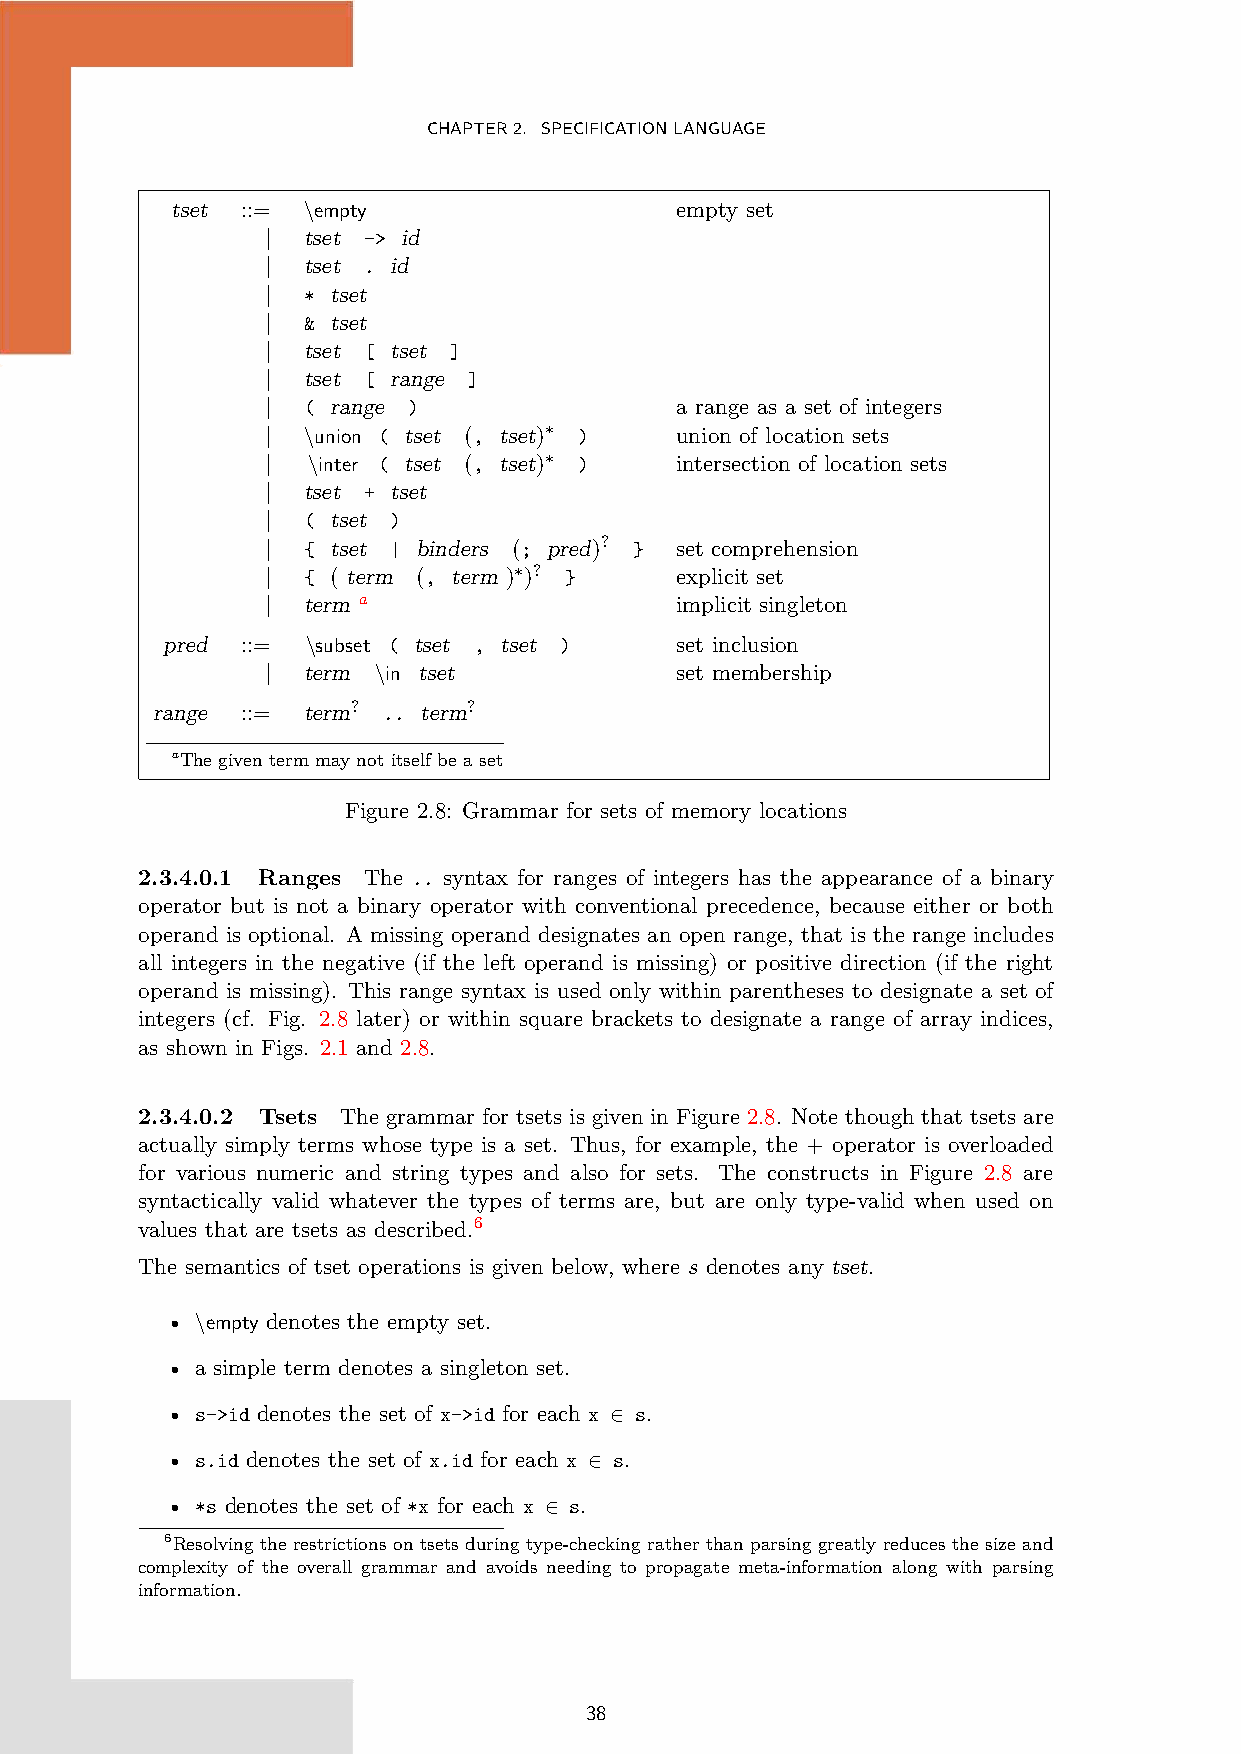
CHAPTER2. SPECIFICATIONLANGUAGE
 tset ::= \empty                   empty set
 | tset -> id
 | tset . id
 | * tset
 | & tset
 | tset [ tset ]
 | tset [ range ]
 | ( range )                a range as a set of integers
 | \union ( tset (, tset)∗ ) union of location sets
 | \inter ( tset (, tset)∗ ) intersection of location sets
 | tset + tset
 | ( tset )
 | { tset | binders (; pred)? } set comprehension
 | { ( term (, term )∗)? }  explicit set
 | term a                   implicit singleton
 pred ::= \subset ( tset , tset )  set inclusion
 | term \in tset            set membership
 range ::= term? .. term?
 aThe given term may not itself be a set
 Figure 2.8: Grammar for sets of memory locations
 2.3.4.0.1 Ranges The .. syntax for ranges of integers has the appearance of a binary
 operator but is not a binary operator with conventional precedence, because either or both
 operand is optional. A missing operand designates an open range, that is the range includes
 all integers in the negative (if the left operand is missing) or positive direction (if the right
 operand is missing). This range syntax is used only within parentheses to designate a set of
 integers (cf. Fig. 2.8 later) or within square brackets to designate a range of array indices,
 as shown in Figs. 2.1 and 2.8.
 2.3.4.0.2 Tsets The grammar for tsets is given in Figure 2.8. Note though that tsets are
 actually simply terms whose type is a set. Thus, for example, the + operator is overloaded
 for various numeric and string types and also for sets. The constructs in Figure 2.8 are
 syntactically valid whatever the types of terms are, but are only type-valid when used on
 values that are tsets as described.6
 The semantics of tset operations is given below, where s denotes any tset.
 • \empty denotes the empty set.
 • a simple term denotes a singleton set.
 • s->id denotes the set of x->id for each x ∈ s.
 • s.id denotes the set of x.id for each x ∈ s.
 • *s denotes the set of *x for each x ∈ s.
 6Resolving the restrictions on tsets during type-checking rather than parsing greatly reduces the size and
 complexity of the overall grammar and avoids needing to propagate meta-information along with parsing
 information.
 38